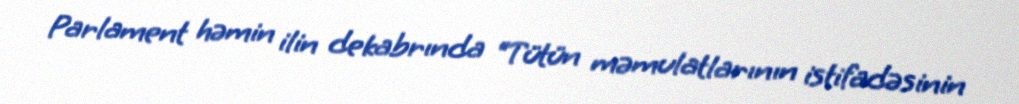
Parlament həmin ilin dekabrında “Tütün məmulatlarının istifadəsinin